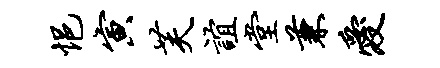
悒寅芙谊堂兼爱